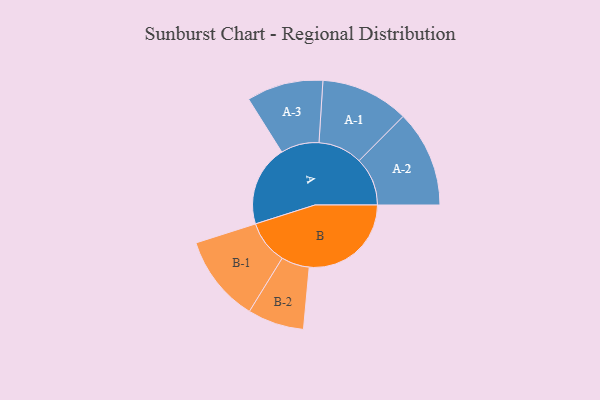
{"axis": {"x": "Segment", "y": "Value"}, "legend": ["", "A", "B"], "data": [{"x": "A", "y": 321, "type": ""}, {"x": "B", "y": 405, "type": ""}, {"x": "A-1", "y": 175, "type": "A"}, {"x": "A-2", "y": 192, "type": "A"}, {"x": "A-3", "y": 152, "type": "A"}, {"x": "B-1", "y": 173, "type": "B"}, {"x": "B-2", "y": 112, "type": "B"}]}